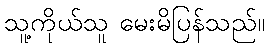
သူ့ကိုယ်သူ မေးမိပြန်သည်။